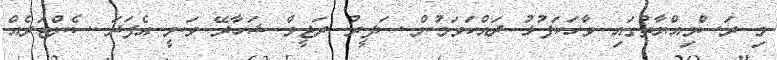
މި ރަސްމިއްޔާތުގައި ވާހަކަފުޅު ދައްކަވަމުން ސަފީރު ރަޖީވް ޝަހާރޭ ވަނީ އެފަދަ ސެންޓަރެއް